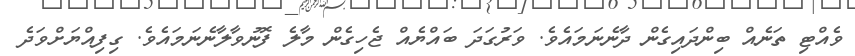
ވެއްޓި ތަނެއް ބިންދައިގެން ދާނެނަމައެވެ. ވަރުގަދަ ބައްޔެއް ޖެހިގެން މާލެ ފޮނުވާލާނެނަމައެވެ. ގިފިއްޔަށްވަދެ